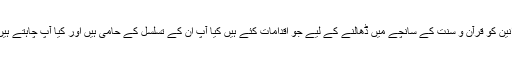
’صدرِ پاکستان جنرل محمد ضیا الحق نے نظریہِ پاکستان کے تحفظ اور قوانین کو قرآن و سنت کے سانچے میں ڈھالنے کے لیے جو اقدامات کئے ہیں کیا آپ ان کے تسلسل کے حامی ہیں اور کیا آپ چاہتے ہیں کہ اقتدار عوام کے منتخب نمائندوں کو منتقل کرنے کا عمل جاری رہے۔